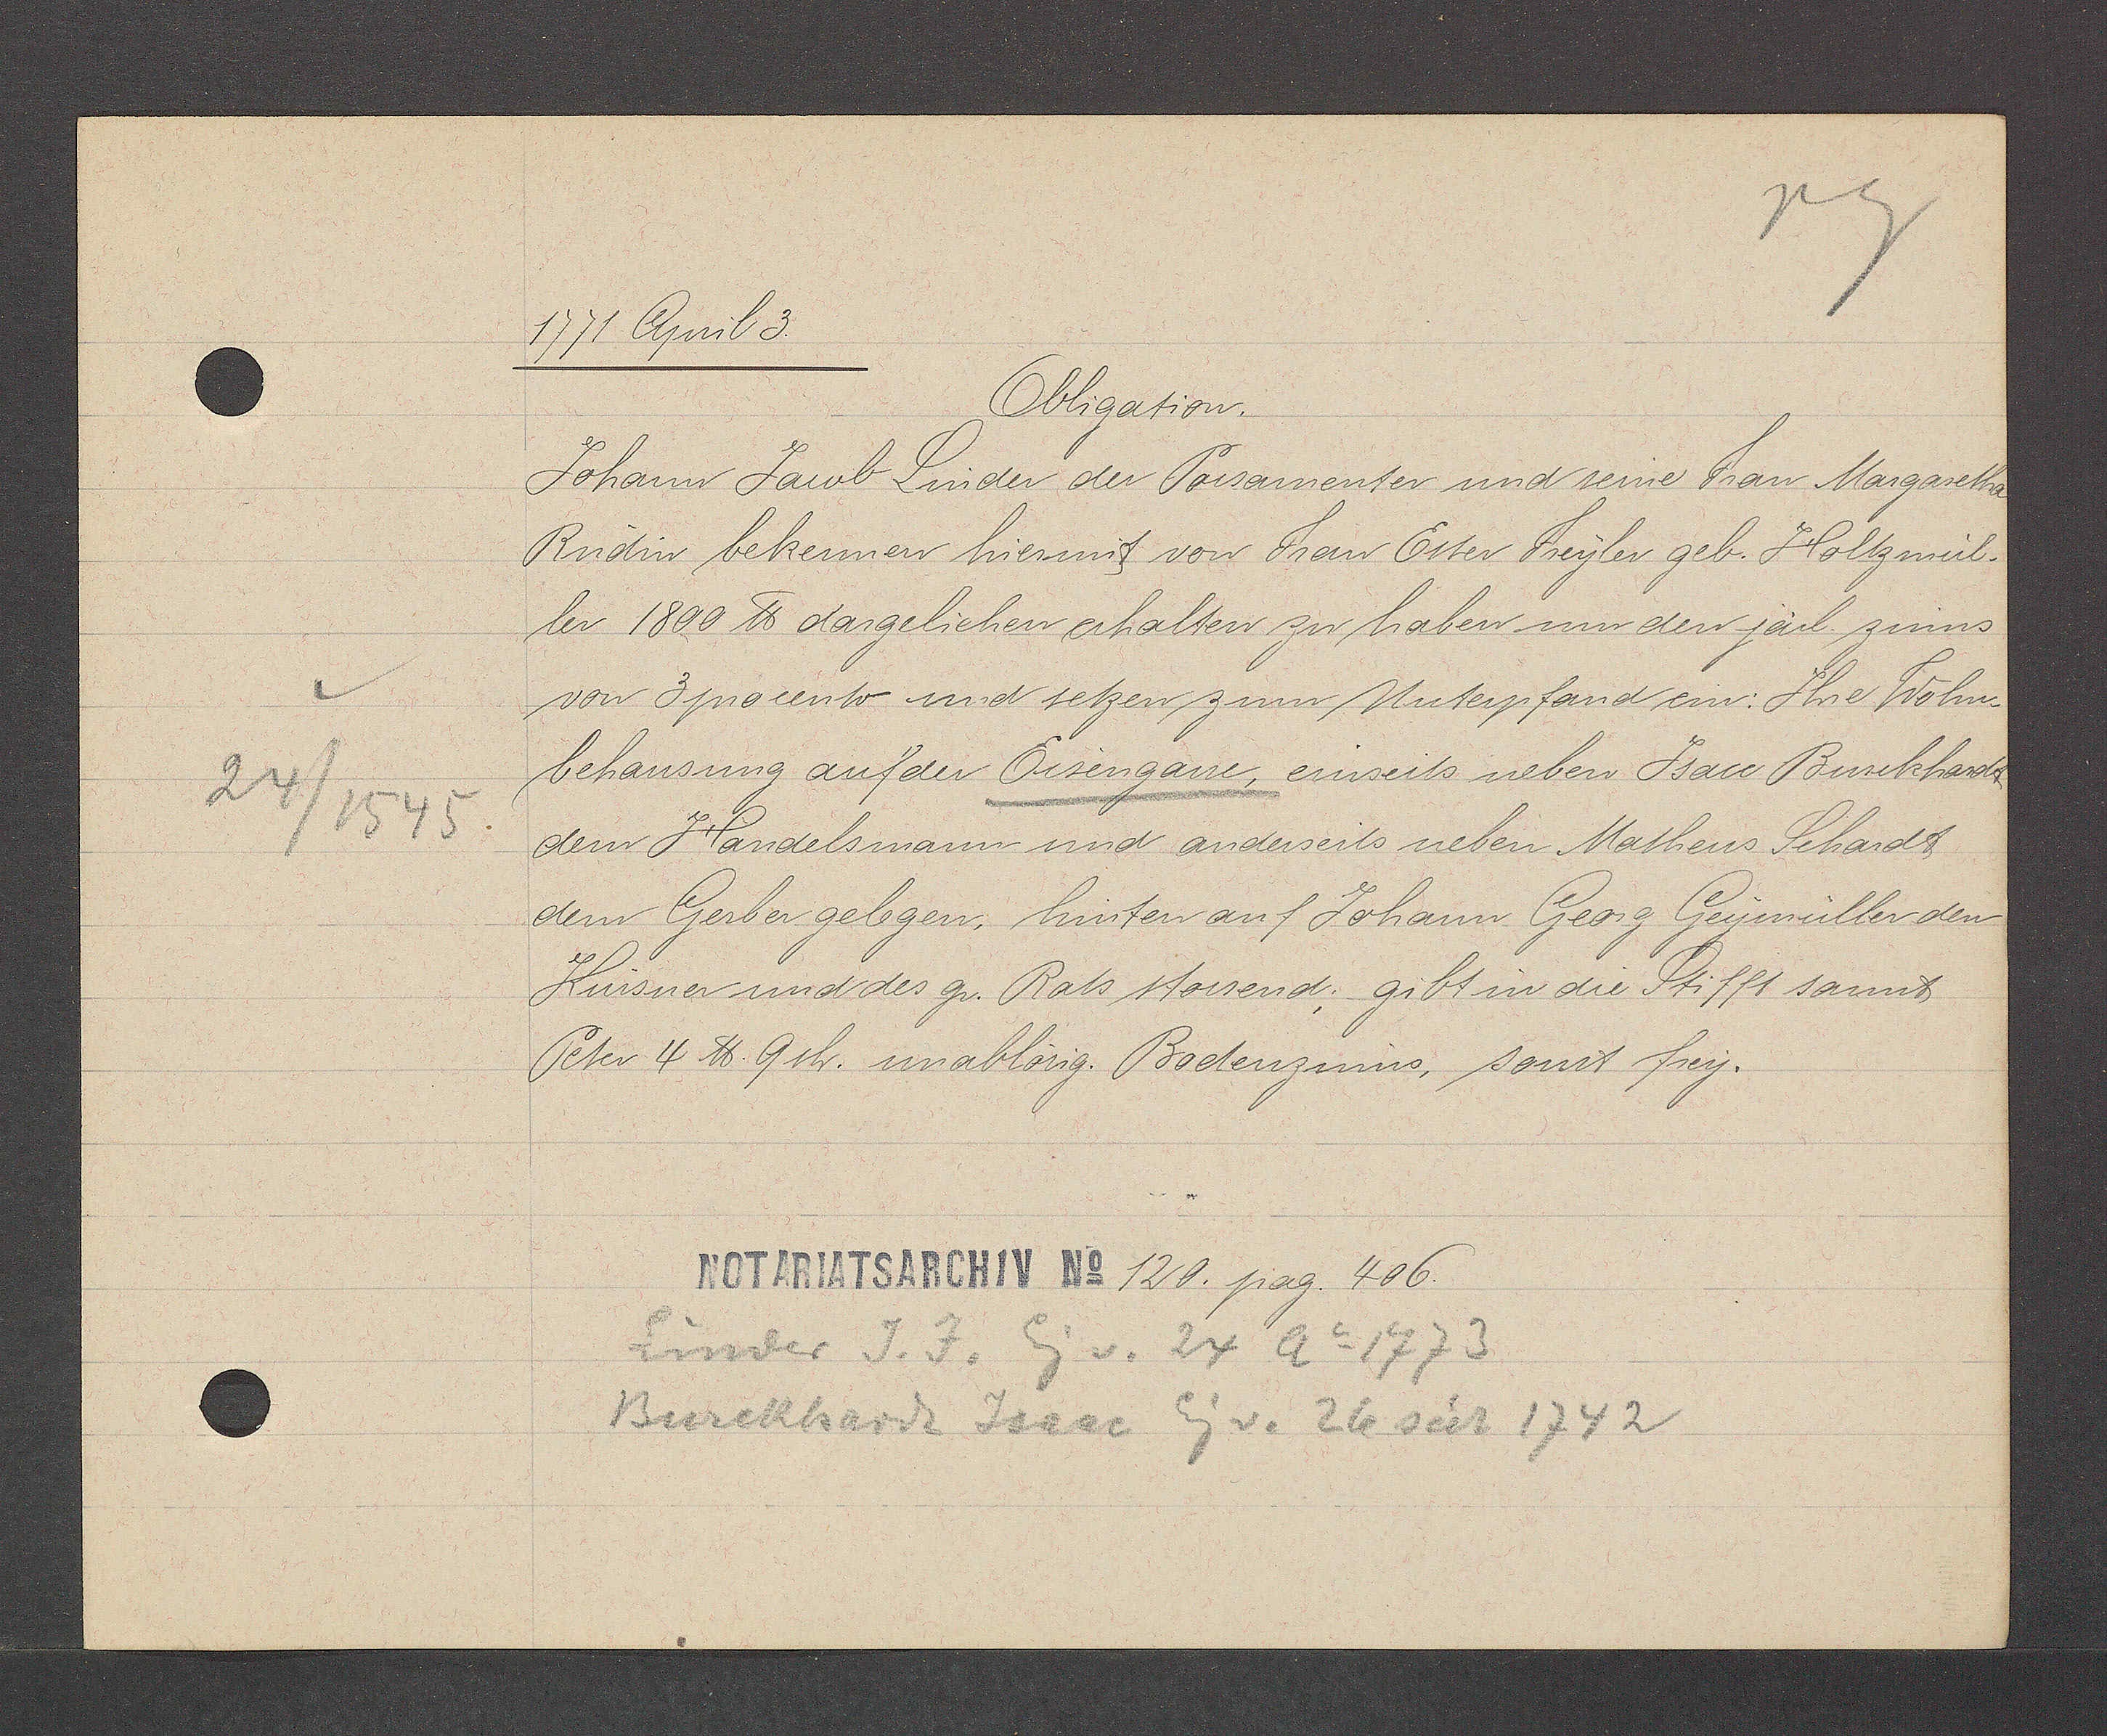
Transcript:
24/ 1545

1771 April 3.
Obligation.
Johann Jacob Linder der Porsamenter und seine Frau Margaretha
Rudin bekennen hiermit von Frau Ester Freyler geb. Holtzmül¬
ler 1800 ℔ dargeliehen erhalten zu haben um den jarl. zinns
von 3 procento und setzen zum Unterpfand ein: Ihre Wohn-
behausung aufder Eisengasse einseits neben Isau Burkhardt
dem Handelsmann und anderseits neben Matheus Schardt
dem Gerber gelegen. hinten auf Johann Georg Geymüller den
Kursner und des gr. Rats stossend; gibt in die Stifft sannt
Peter 4 ℔ 9sh. unablösig. Bodenzinns, sonst frey.
120 pag. 406
Linder J.J. Eg. v 24 Ao 1773
Burckhardt Isaac Eg v. 26 seit 1742